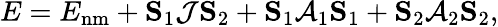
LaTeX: E=E_{\mathrm{nm}}+{\mathbf S}_{1}\mathcal{J}{\mathbf S}_{2}+{\mathbf S}_{1}\mathcal{A}_{1}{\mathbf S}_{1}+{\mathbf S}_{2}\mathcal{A}_{2}{\mathbf S}_{2},